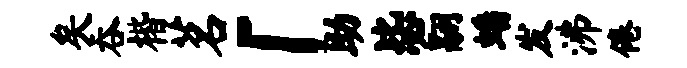
矣吞楷茗「助毖翮蟠发沸倦